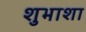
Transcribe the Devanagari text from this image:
शुभाशा